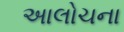
અાલોચના